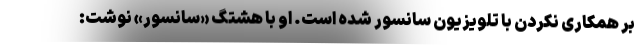
بر همکاری نکردن با تلویزیون سانسور شده است. او با هشتگ «سانسور» نوشت: